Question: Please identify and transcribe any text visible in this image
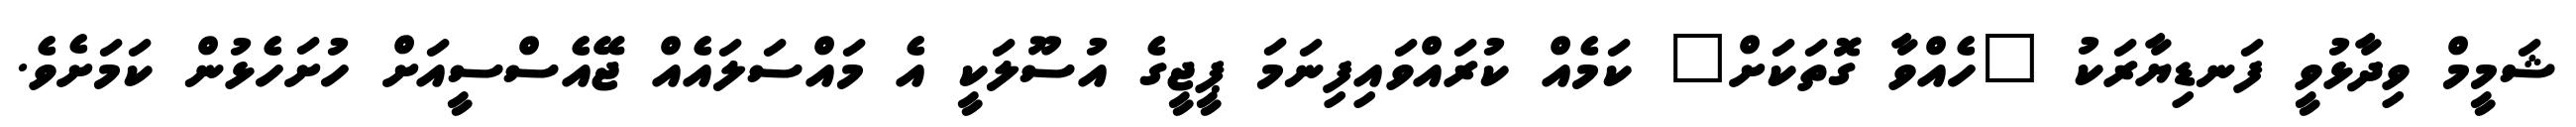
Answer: ޝަމީމް ވިދާޅުވީ ފަނޑިޔާރަކު "ހެއްވާ ގޮތަކަށް" ކަމެއް ކުރައްވައިފިނަމަ ޕީޖީގެ އުސޫލަކީ އެ މައްސަލައެއް ޖޭއެސްސީއަށް ހުށަހެޅުން ކަމަށެވެ.